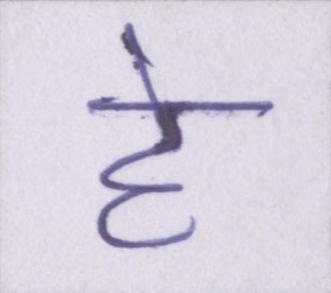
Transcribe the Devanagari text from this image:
हे